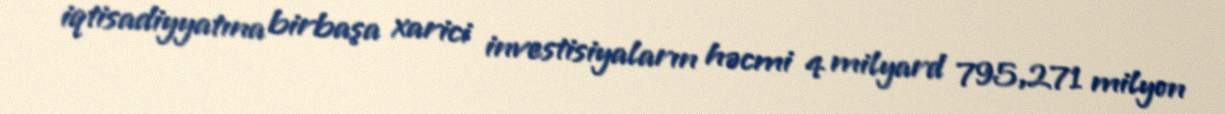
iqtisadiyyatına birbaşa xarici investisiyaların həcmi 4 milyard 795,271 milyon